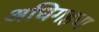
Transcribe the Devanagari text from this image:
अधिगहण